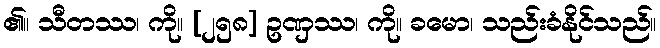
၏။ သီတဿ၊ ကို။ [၂၅၈] ဥဏှဿ၊ ကို။ ခမော၊ သည်းခံနိုင်သည်။